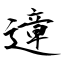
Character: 遧